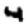
Digit: 4